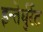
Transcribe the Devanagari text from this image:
इन्तेर्चुर्रेंट